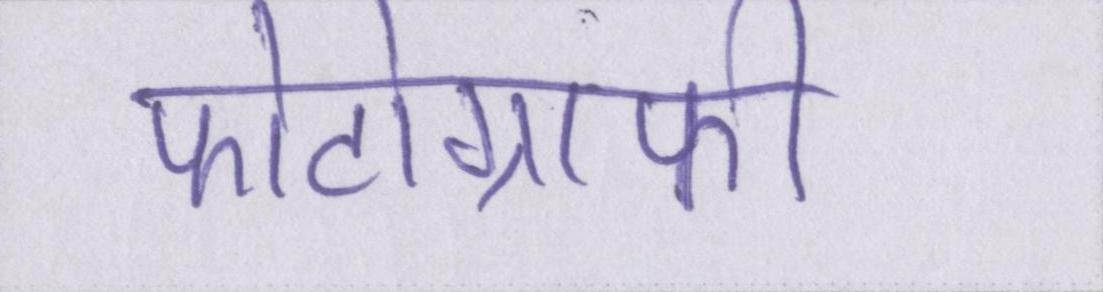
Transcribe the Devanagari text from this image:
फोटोग्राफी